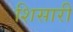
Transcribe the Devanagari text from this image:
शिसारी